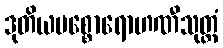
ဒုတိယပစ္စောရောဟဏီသုတ္တံ